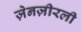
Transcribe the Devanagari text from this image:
ज़ेनज़ीरली